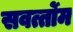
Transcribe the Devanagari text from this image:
सवर्त्तोम